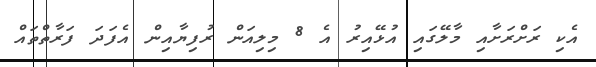
އެކި ރަށްރަށާއި މާލޭގައި އުޅޭއިރު އެ 8 މިލިއަން ރުފިޔާއިން އެފަދަ ފަރާތްތައް